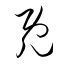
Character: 既